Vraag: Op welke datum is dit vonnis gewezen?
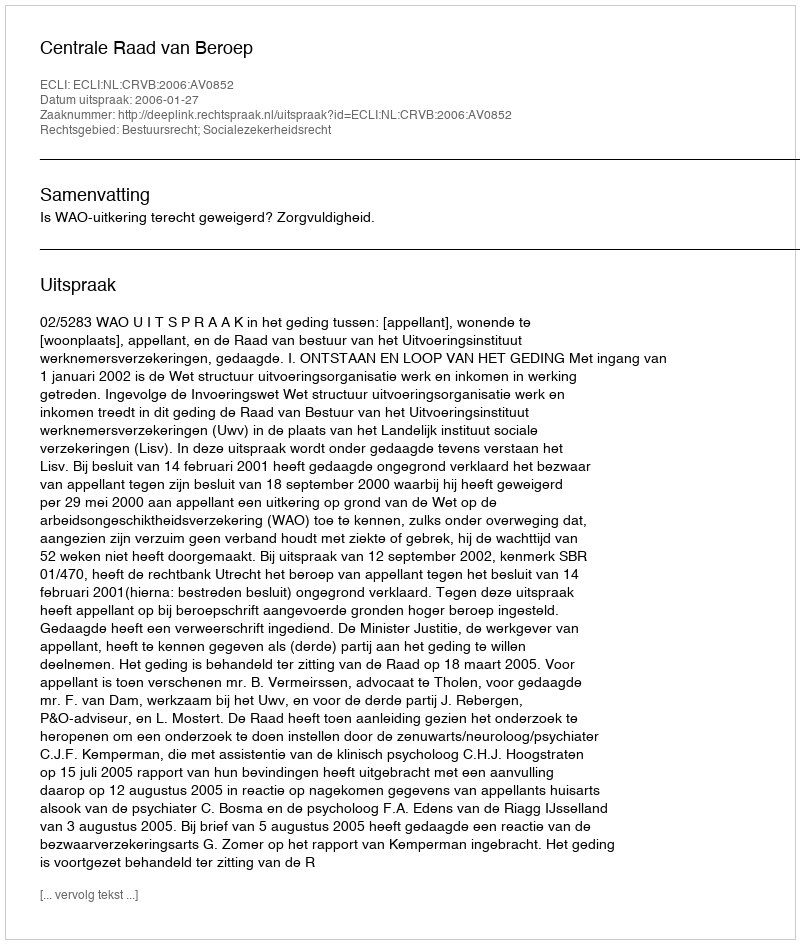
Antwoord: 2006-01-27